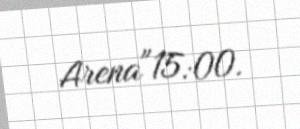
Arena"15:00.